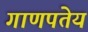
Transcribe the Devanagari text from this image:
गाणपतेय